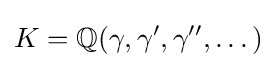
K=\mathbb {Q} (\gamma ,\gamma ',\gamma '',\dots )